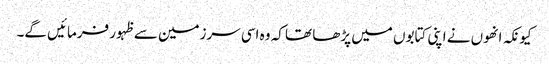
کیونکہ انھوں نے اپنی کتابوں میں پڑھا تھا کہ وہ اسی سرزمین سے ظہور فرمائیں گے۔